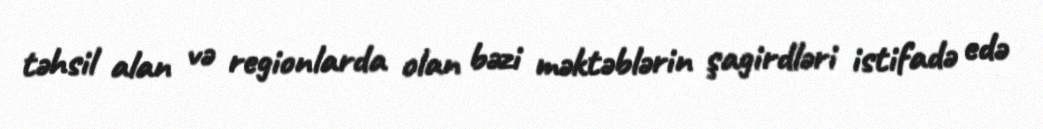
təhsil alan və regionlarda olan bəzi məktəblərin şagirdləri istifadə edə